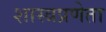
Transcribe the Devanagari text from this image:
शास्त्रप्रणेता